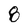
Character: 8